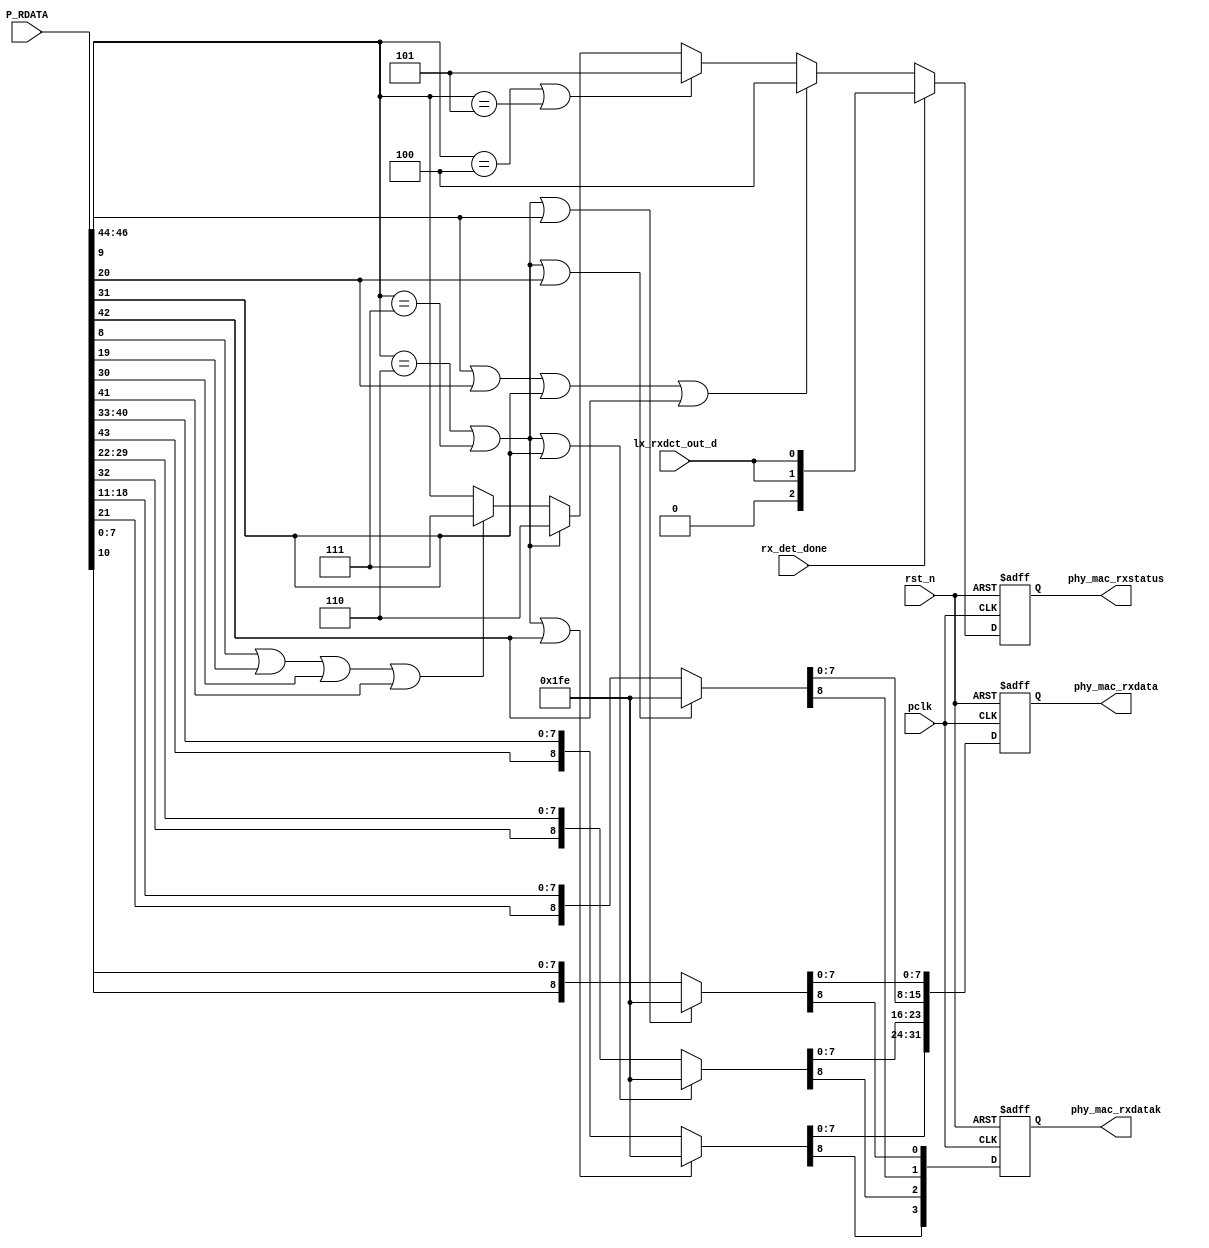
//******************************************************************
// Copyright (c) 2015 PANGO MICROSYSTEMS, INC
// ALL RIGHTS REVERVED.
//******************************************************************
module hsstl_phy_mac_rdata_proc #(
parameter EN_CONTI_SKP_REPLACE = 1'b0
)(
input pclk,
input rst_n,
input [46:0] P_RDATA,
input  rx_det_done,
input  lx_rxdct_out_d,

output reg [31:0] phy_mac_rxdata,
output reg [3:0] phy_mac_rxdatak,
output reg [2:0] phy_mac_rxstatus
); 
wire ctc_underflow;
localparam K30_7 = 8'hFE;
localparam K28_0 = 8'h1C;
localparam K28_5 = 8'hBC;
always @(posedge pclk or negedge rst_n)
begin
    if (!rst_n)
        phy_mac_rxstatus <= 3'b0;
    else if (rx_det_done)
        phy_mac_rxstatus <= {1'b0, {2{lx_rxdct_out_d}}};
    else begin
//*******************************************************************************************
        if (P_RDATA[9] | P_RDATA[20] | P_RDATA[31] | P_RDATA[42])
           phy_mac_rxstatus[2:0] <= 3'b100; //decode error
     //   else if (P_RDATA[8] | P_RDATA[19] | P_RDATA[30] | P_RDATA[41])
     //      phy_mac_rxstatus[2:0] <= 3'b111; //disparity error
      //  else if (P_RDATA[46:44] == 3'b011) //continuous skip del
      //     phy_mac_rxstatus[2:0] <= 3'b010;
        else if ((P_RDATA[46:44] == 3'b100) | (P_RDATA[46:44] == 3'b101)) //bridge / CTC over flow
           phy_mac_rxstatus[2:0] <= 3'b101;  //CTC buffer overflow
        else if  ((P_RDATA[46:44] == 3'b110) | (P_RDATA[46:44] == 3'b111))  //bridge under flow
           phy_mac_rxstatus[2:0] <= 3'b110;  //CTC buffer underflow
       else if (P_RDATA[8] | P_RDATA[19] | P_RDATA[30] | P_RDATA[41])
           phy_mac_rxstatus[2:0] <= 3'b111; //disparity error
        else
           phy_mac_rxstatus[2:0] <= P_RDATA[46:44];
     end
end
assign ctc_underflow = (P_RDATA[46:44] == 3'b111) | (P_RDATA[46:44] == 3'b110);
assign cond1_for_conti_skp_del = ~ (P_RDATA[9] | P_RDATA[20] | P_RDATA[31] | P_RDATA[42] | P_RDATA[8] | P_RDATA[19] | P_RDATA[30] | P_RDATA[41]); //no decoder/disparity errs
assign cond2_for_conti_skp_del = (P_RDATA[46:44] == 3'b011) & (EN_CONTI_SKP_REPLACE == 1'b1);
assign cond3_for_conti_skp_del =  ({P_RDATA[10], P_RDATA[7:0]  } ==  {1'b1, K28_5}) &
                                  ({P_RDATA[21], P_RDATA[18:11]} ==  {1'b1, K28_0}) &
                                  ({P_RDATA[32], P_RDATA[29:22]} ==  {1'b1, K28_0}) &
                                  ({P_RDATA[43], P_RDATA[40:33]} ==  {1'b1, K28_5});

assign all_match_conti_skp_del = cond1_for_conti_skp_del & cond2_for_conti_skp_del & cond3_for_conti_skp_del;

always@(posedge pclk or negedge rst_n)
begin
    if(!rst_n)
    begin
        phy_mac_rxdatak[3 :0 ] <= 4'b0;
        phy_mac_rxdata[31 :0 ] <= 32'b0;
    end
    else
    begin     
        {phy_mac_rxdatak[3], phy_mac_rxdata[31:24]}          <= ( ctc_underflow | P_RDATA[42]) ? {1'b1, K30_7} : (all_match_conti_skp_del ? {1'b1, K28_0} : {P_RDATA[43], P_RDATA[40:33]});
        {phy_mac_rxdatak[2], phy_mac_rxdata[23:16]}          <= ( ctc_underflow | P_RDATA[31]) ? {1'b1, K30_7} : (all_match_conti_skp_del ? {1'b1, K28_5} : {P_RDATA[32], P_RDATA[29:22]});
        {phy_mac_rxdatak[1], phy_mac_rxdata[15:8] }          <= ( ctc_underflow | P_RDATA[20]) ? {1'b1, K30_7} : {P_RDATA[21], P_RDATA[18:11]};
        {phy_mac_rxdatak[0], phy_mac_rxdata[7:0]  }          <= ( ctc_underflow | P_RDATA[9] ) ? {1'b1, K30_7} : {P_RDATA[10], P_RDATA[7:0]  };
    end
end
endmodule